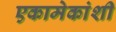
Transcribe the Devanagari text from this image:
एकामेकांशी